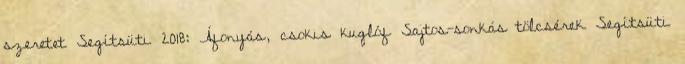
szeretet Segítsüti 2018: Áfonyás, csokis kuglóf Sajtos-sonkás tölcsérek Segítsüti